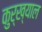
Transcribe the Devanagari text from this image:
कुर्ख्याल